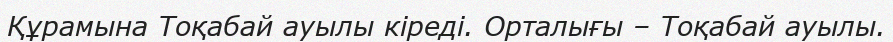
Құрамына Тоқабай ауылы кіреді. Орталығы – Тоқабай ауылы.